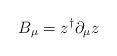
LaTeX: \begin{align*}B_{\mu}=z^{\dagger}\partial_{\mu} z\end{align*}